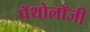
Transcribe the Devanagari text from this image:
पॅथोलॉजी